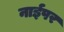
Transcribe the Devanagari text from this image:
नाईपर